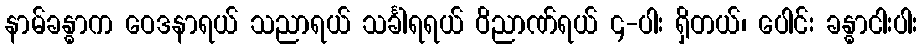
နာမ်ခန္ဓာက ဝေဒနာရယ် သညာရယ် သင်္ခါရရယ် ဝိညာဏ်ရယ် ၄-ပါး ရှိတယ်၊ ပေါင်း ခန္ဓာငါးပါး